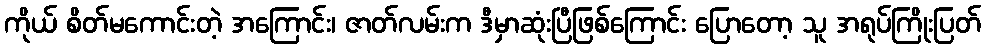
ကိုယ် စိတ်မကောင်းတဲ့ အကြောင်း၊ ဇာတ်လမ်းက ဒီမှာဆုံးပြီဖြစ်ကြောင်း ပြောတော့ သူ အရုပ်ကြိုးပြတ်